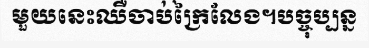
មួយនេះឈឺចាប់ក្រៃលែង។បច្ចុប្បន្ន